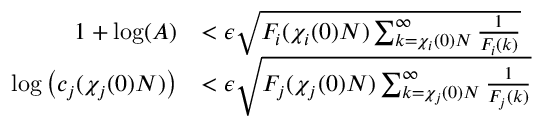
\begin{array} { r l } { 1 + \log ( A ) } & { < \epsilon \sqrt { F _ { i } ( \chi _ { i } ( 0 ) N ) \sum _ { k = \chi _ { i } ( 0 ) N } ^ { \infty } \frac { 1 } { F _ { i } ( k ) } } } \\ { \log \left( c _ { j } ( \chi _ { j } ( 0 ) N ) \right) } & { < \epsilon \sqrt { F _ { j } ( \chi _ { j } ( 0 ) N ) \sum _ { k = \chi _ { j } ( 0 ) N } ^ { \infty } \frac { 1 } { F _ { j } ( k ) } } } \end{array}